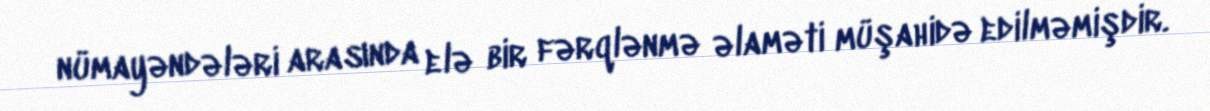
nümayəndələri arasında elə bir fərqlənmə əlaməti müşahidə edilməmişdir.